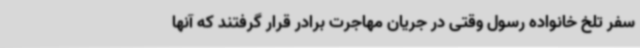
سفر تلخ خانواده رسول وقتی در جریان مهاجرت برادر قرار گرفتند که آنها